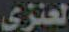
العنزي